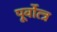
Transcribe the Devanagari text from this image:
पूर्वोत्त्र